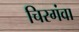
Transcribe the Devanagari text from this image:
चिरगंवा